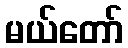
မယ်တော်